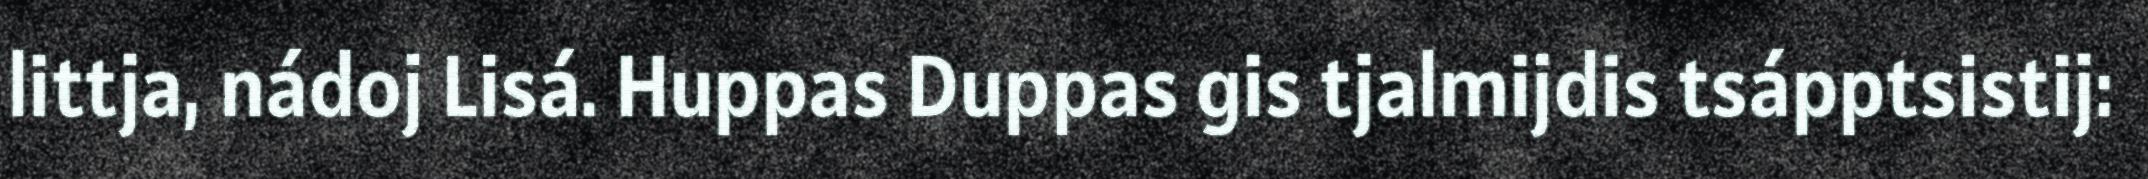
littja, nádoj Lisá. Huppas Duppas gis tjalmijdis tsápptsistij: